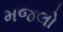
મજલો